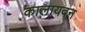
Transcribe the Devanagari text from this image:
कालायवन